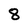
Character: 8